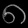
Digit: ၈